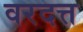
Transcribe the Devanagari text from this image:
वरदत्त